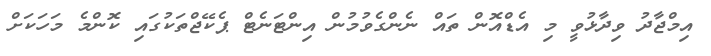
އިމްޖާދު ވިދާޅުވީ މި އެޑްއޮން ތައް ނެންގެވުމުން އިންޓަނެޓް ޕެކޭޖްތަކުގައި ކޮންމެ މަހަކަށް